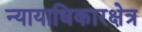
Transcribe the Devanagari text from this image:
न्यायाधिकारक्षेत्र